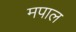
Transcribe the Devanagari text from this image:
मपाल